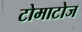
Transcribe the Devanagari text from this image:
टोमाटोज